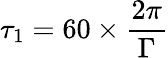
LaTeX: \tau_{1}=60\times\frac{2\pi}{\Gamma}